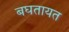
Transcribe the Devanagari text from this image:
बघतायत